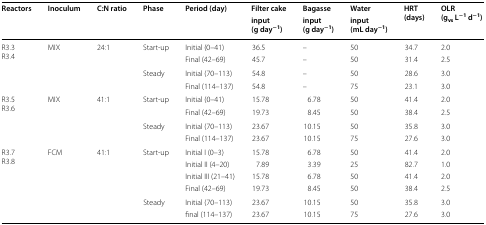
<table><thead><tr><td rowspan="2"><b>Reactors</b></td><td rowspan="2"><b>Inoculum</b></td><td rowspan="2"><b>C:N ratio</b></td><td rowspan="2"><b>Phase</b></td><td rowspan="2"><b>Period (day)</b></td><td><b>Filter cake</b></td><td><b>Bagasse</b></td><td><b>Water</b></td><td rowspan="2"><b>HRT (days)</b></td><td rowspan="2"><b>OLR (g<sub>vs</sub> L<sup>−1</sup> d<sup>−1</sup>)</b></td></tr><tr><td><b>input (g day<sup>−1</sup>)</b></td><td><b>input (g day<sup>−1</sup>)</b></td><td><b>input (mL day<sup>−1</sup>)</b></td></tr></thead><tbody><tr><td rowspan="4">R3.3R3.4</td><td rowspan="4">MIX</td><td rowspan="4">24:1</td><td rowspan="2">Start-up</td><td>Initial (0–41)</td><td>36.5</td><td>–</td><td>50</td><td>34.7</td><td>2.0</td></tr><tr><td>Final (42–69)</td><td>45.7</td><td>–</td><td>50</td><td>31.4</td><td>2.5</td></tr><tr><td rowspan="2">Steady</td><td>Initial (70–113)</td><td>54.8</td><td>–</td><td>50</td><td>28.6</td><td>3.0</td></tr><tr><td>Final (114–137)</td><td>54.8</td><td>–</td><td>75</td><td>23.1</td><td>3.0</td></tr><tr><td rowspan="4">R3.5R3.6</td><td rowspan="4">MIX</td><td rowspan="4">41:1</td><td rowspan="2">Start-up</td><td>Initial (0–41)</td><td>15.78</td><td>6.78</td><td>50</td><td>41.4</td><td>2.0</td></tr><tr><td>Final (42–69)</td><td>19.73</td><td>8.45</td><td>50</td><td>38.4</td><td>2.5</td></tr><tr><td rowspan="2">Steady</td><td>Initial (70–113)</td><td>23.67</td><td>10.15</td><td>50</td><td>35.8</td><td>3.0</td></tr><tr><td>Final (114–137)</td><td>23.67</td><td>10.15</td><td>75</td><td>27.6</td><td>3.0</td></tr><tr><td rowspan="6">R3.7R3.8</td><td rowspan="6">FCM</td><td rowspan="6">41:1</td><td rowspan="4">Start-up</td><td>Initial I (0–3)</td><td>15.78</td><td>6.78</td><td>50</td><td>41.4</td><td>2.0</td></tr><tr><td>Initial II (4–20)</td><td>7.89</td><td>3.39</td><td>25</td><td>82.7</td><td>1.0</td></tr><tr><td>Initial III (21–41)</td><td>15.78</td><td>6.78</td><td>50</td><td>41.4</td><td>2.0</td></tr><tr><td>Final (42–69)</td><td>19.73</td><td>8.45</td><td>50</td><td>38.4</td><td>2.5</td></tr><tr><td rowspan="2">Steady</td><td>Initial (70–113)</td><td>23.67</td><td>10.15</td><td>50</td><td>35.8</td><td>3.0</td></tr><tr><td>final (114–137)</td><td>23.67</td><td>10.15</td><td>75</td><td>27.6</td><td>3.0</td></tr></tbody></table>